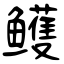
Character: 鳠